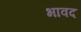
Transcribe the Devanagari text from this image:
भावद